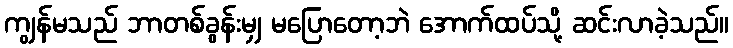
ကျွန်မသည် ဘာတစ်ခွန်းမျှ မပြောတော့ဘဲ အောက်ထပ်သို့ ဆင်းလာခဲ့သည်။